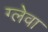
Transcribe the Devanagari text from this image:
ग्लेवा